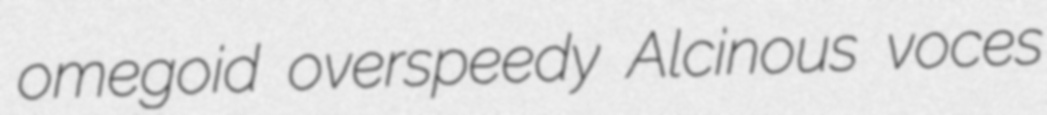
omegoid overspeedy Alcinous voces